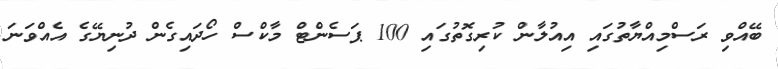
ބޭއްވި ރަސްމިއްޔާތުގައި އިއުލާން ކުރިގޮތުގައި 100 ޕަސެންޓް މާކްސް ހޯދައިގެން ދުނިޔޭގެ އެއްވަނަ